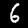
Label: 6